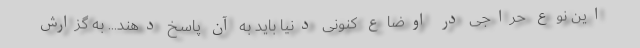
این نوع حراجی در اوضاع کنونی دنیا باید به آن پاسخ دهند... به گزارش